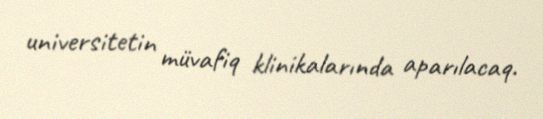
universitetin müvafiq klinikalarında aparılacaq.